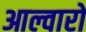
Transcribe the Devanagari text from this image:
आल्वारो